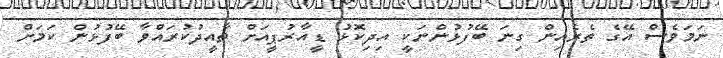
ނަމަވެސް އޭގެ ތެރެއިން ގިނަ ބޭފުޅުންނަކީ އިދިކޮޅު ޑީއާރުޕީއަށް ތާއީދުކުރައްވާ ބޭފުޅުން ކަމަށް